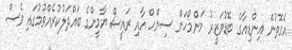
އެގޮތުން އިންޑިއާގެ ބޮޑުވަޒީރު މަންމޯހަން ސިންހް އާއި ރައީސް ޔާމީންގެ ބައްދަލުކުރެއްވުމުގައި ވެސް